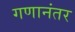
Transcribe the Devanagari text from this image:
गणानंतर